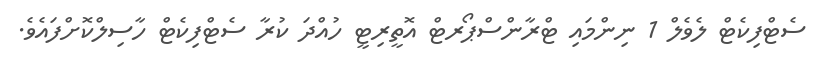
ސެޓްފިކެޓް ލެވެލް 1 ނިންމައި ޓްރާންސްޕޯރޓް އޮތީރިޓީ ހުއްދަ ކުރާ ސެޓްފިކެޓް ހާސިލްކޮށްފައެވެ.